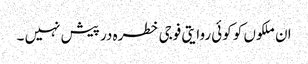
ان ملکوں کو کوئی روایتی فوجی خطرہ در پیش نہیں ۔